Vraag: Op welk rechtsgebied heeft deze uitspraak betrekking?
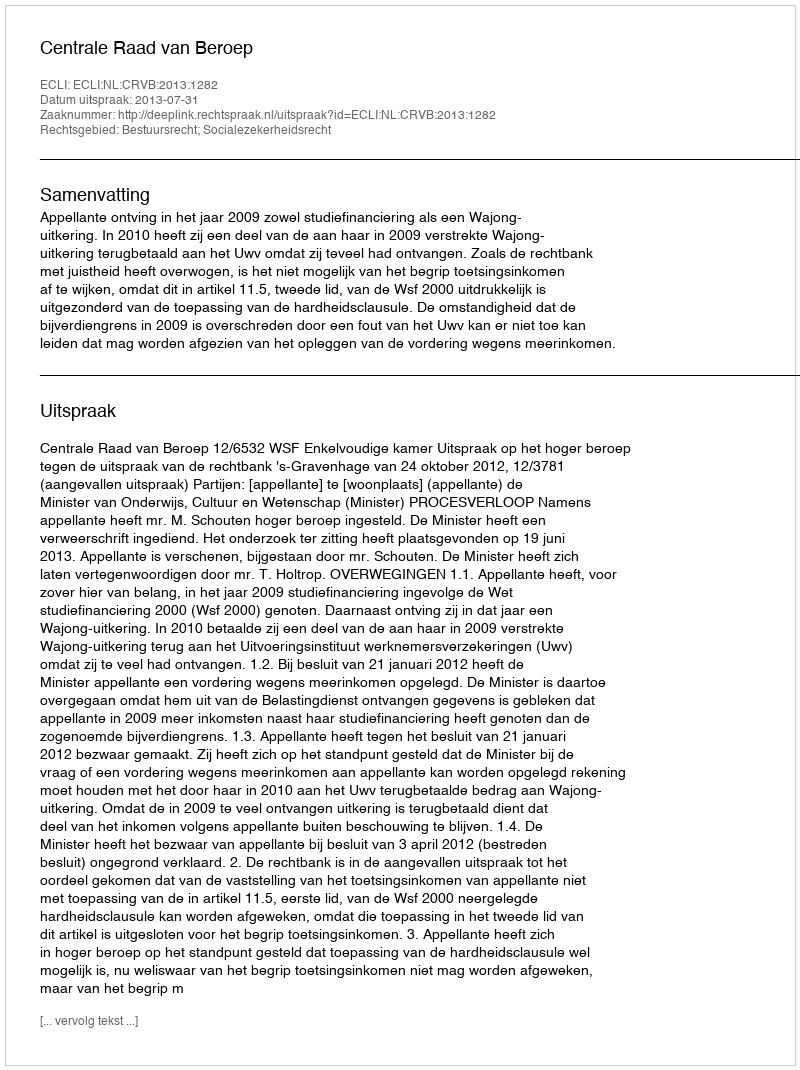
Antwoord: Bestuursrecht; Socialezekerheidsrecht